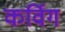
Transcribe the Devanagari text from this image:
कर्विग